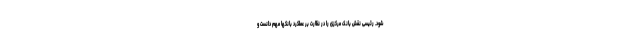
شود. رئیسی نقش بانک مرکزی را در نظارت بر عملکرد بانکها مهم دانست و